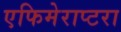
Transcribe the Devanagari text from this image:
एफिमेराप्टरा